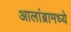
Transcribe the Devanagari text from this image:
आलांब्रामध्ये